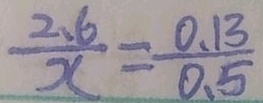
\frac { 2 . 6 } { x } = \frac { 0 . 1 3 } { 0 . 5 }